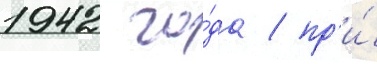
1942 го́да / пр'и́